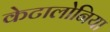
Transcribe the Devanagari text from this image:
केटालोनिया